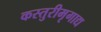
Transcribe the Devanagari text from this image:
कस्तुरीमृगाद्य